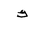
Letter: _kaf